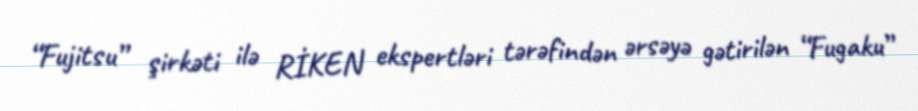
“Fujitsu” şirkəti ilə RİKEN ekspertləri tərəfindən ərsəyə gətirilən “Fugaku”